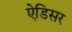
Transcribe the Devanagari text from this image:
ऐडिसर